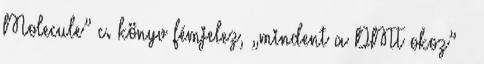
Molecule” c. könyv fémjelez, „mindent a DMT okoz” –